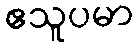
ဧသူပမာ